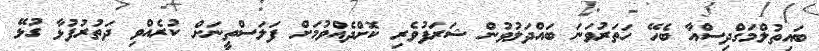
ބައިތުލްމަގްދިސްއާ ބެހޭ ހަތަރުވަނަ ބައްދަލުވުން ޝަރަފުވެރި ކޮށްދެއްވުމަށް ފަލަސްތީނަށް ކުރެއްވި ދަތުރުފުޅާ ގުޅޭ